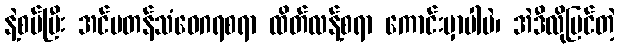
နဲ့စပ်ပြီး အင်မတန်သံဝေဂရစရာ ထိတ်လန့်စရာ ကောင်းမှာပါပဲ၊ အဲဒီလိုမြင်တဲ့